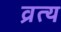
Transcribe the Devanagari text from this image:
व्रत्य